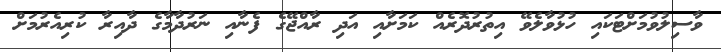
ވާސިލުވުމަށްޓަކައި ހުޅުވާލެވޭ އިތުރުދޮރެއް ކަމަށާއި އަދި ރާއްޖޭގެ ފެނާއި ނަރުދާމާގެ ދާއިރާ ކުރިއެރުމަށް